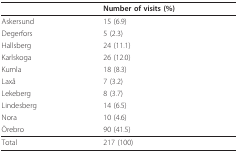
<table><thead><tr><td>[EMPTY_CELL]</td><td><b>Number of visits (%)</b></td></tr></thead><tbody><tr><td>Askersund</td><td>15 (6.9)</td></tr><tr><td>Degerfors</td><td>5 (2.3)</td></tr><tr><td>Hallsberg</td><td>24 (11.1)</td></tr><tr><td>Karlskoga</td><td>26 (12.0)</td></tr><tr><td>Kumla</td><td>18 (8.3)</td></tr><tr><td>Laxå</td><td>7 (3.2)</td></tr><tr><td>Lekeberg</td><td>8 (3.7)</td></tr><tr><td>Lindesberg</td><td>14 (6.5)</td></tr><tr><td>Nora</td><td>10 (4.6)</td></tr><tr><td>Örebro</td><td>90 (41.5)</td></tr><tr><td>Total</td><td>217 (100)</td></tr></tbody></table>